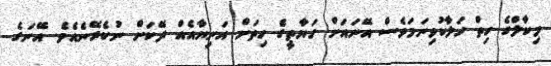
މިކާލްގެ ހިތް ހަލާކުވިނަމަވެސް އޭނައަށް ހަޔާތީގެ ހިތަށް އަނިޔާއެއް ދޭކަށް ނުކެރޭނެއެވެ. އޭނަގެ